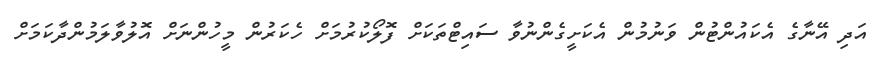
އަދި އޭނާގެ އެކައުންޓުން ވަނުމުން އެކަށީގެންނުވާ ސައިޓްތަކަށް ފޮލޯކުރުމަށް ހެކަރުން މީހުންނަށް އޮލުވާލަމުންދާކަމަށް